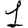
Digit: 1